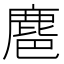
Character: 𪊚